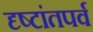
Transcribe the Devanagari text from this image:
दृष्टांतपर्व